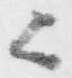
歟